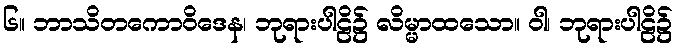
၆။ ဘာသိတကောဝိဒေန၊ ဘုရားပါဠိ၌ လိမ္မာထသော။ ဝါ၊ ဘုရားပါဠိ၌